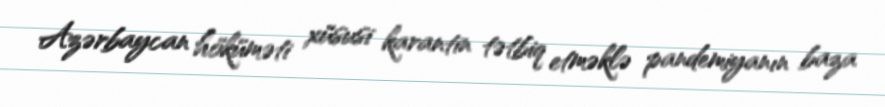
Azərbaycan höküməti xüsusi karantin tətbiq etməklə pandemiyanın baza